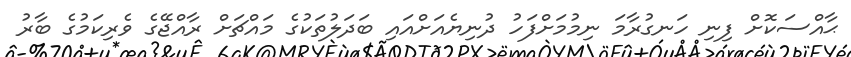
ޙާއްސަކޮށް ފިނި ހަނގުރާމަ ނިމުމަށްފަހު ދުނިޔެއަށްއައި ބަދަލުތަކުގެ މައްޗަށް ރާއްޖޭގެ ވެރިކަމުގެ ބާރު